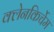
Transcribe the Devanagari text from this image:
क्लेनकिर्चेम